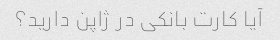
آیا کارت بانکی در ژاپن دارید؟